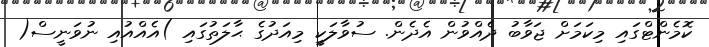
ކޮމެންޓްގައި މިކަމަށް ޖަވާބު ދެއްވުން އެދެން. ސުވާލަކީ މިއަދުގެ ޙާލަތުގައި )އެއްއުއި ނުވަނީސް(